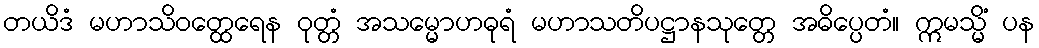
တယိဒံ မဟာသိဝတ္ထေရေန ဝုတ္တံ အသမ္မောဟဓုရံ မဟာသတိပဋ္ဌာနသုတ္တေ အဓိပ္ပေတံ။ ဣမသ္မိံ ပန